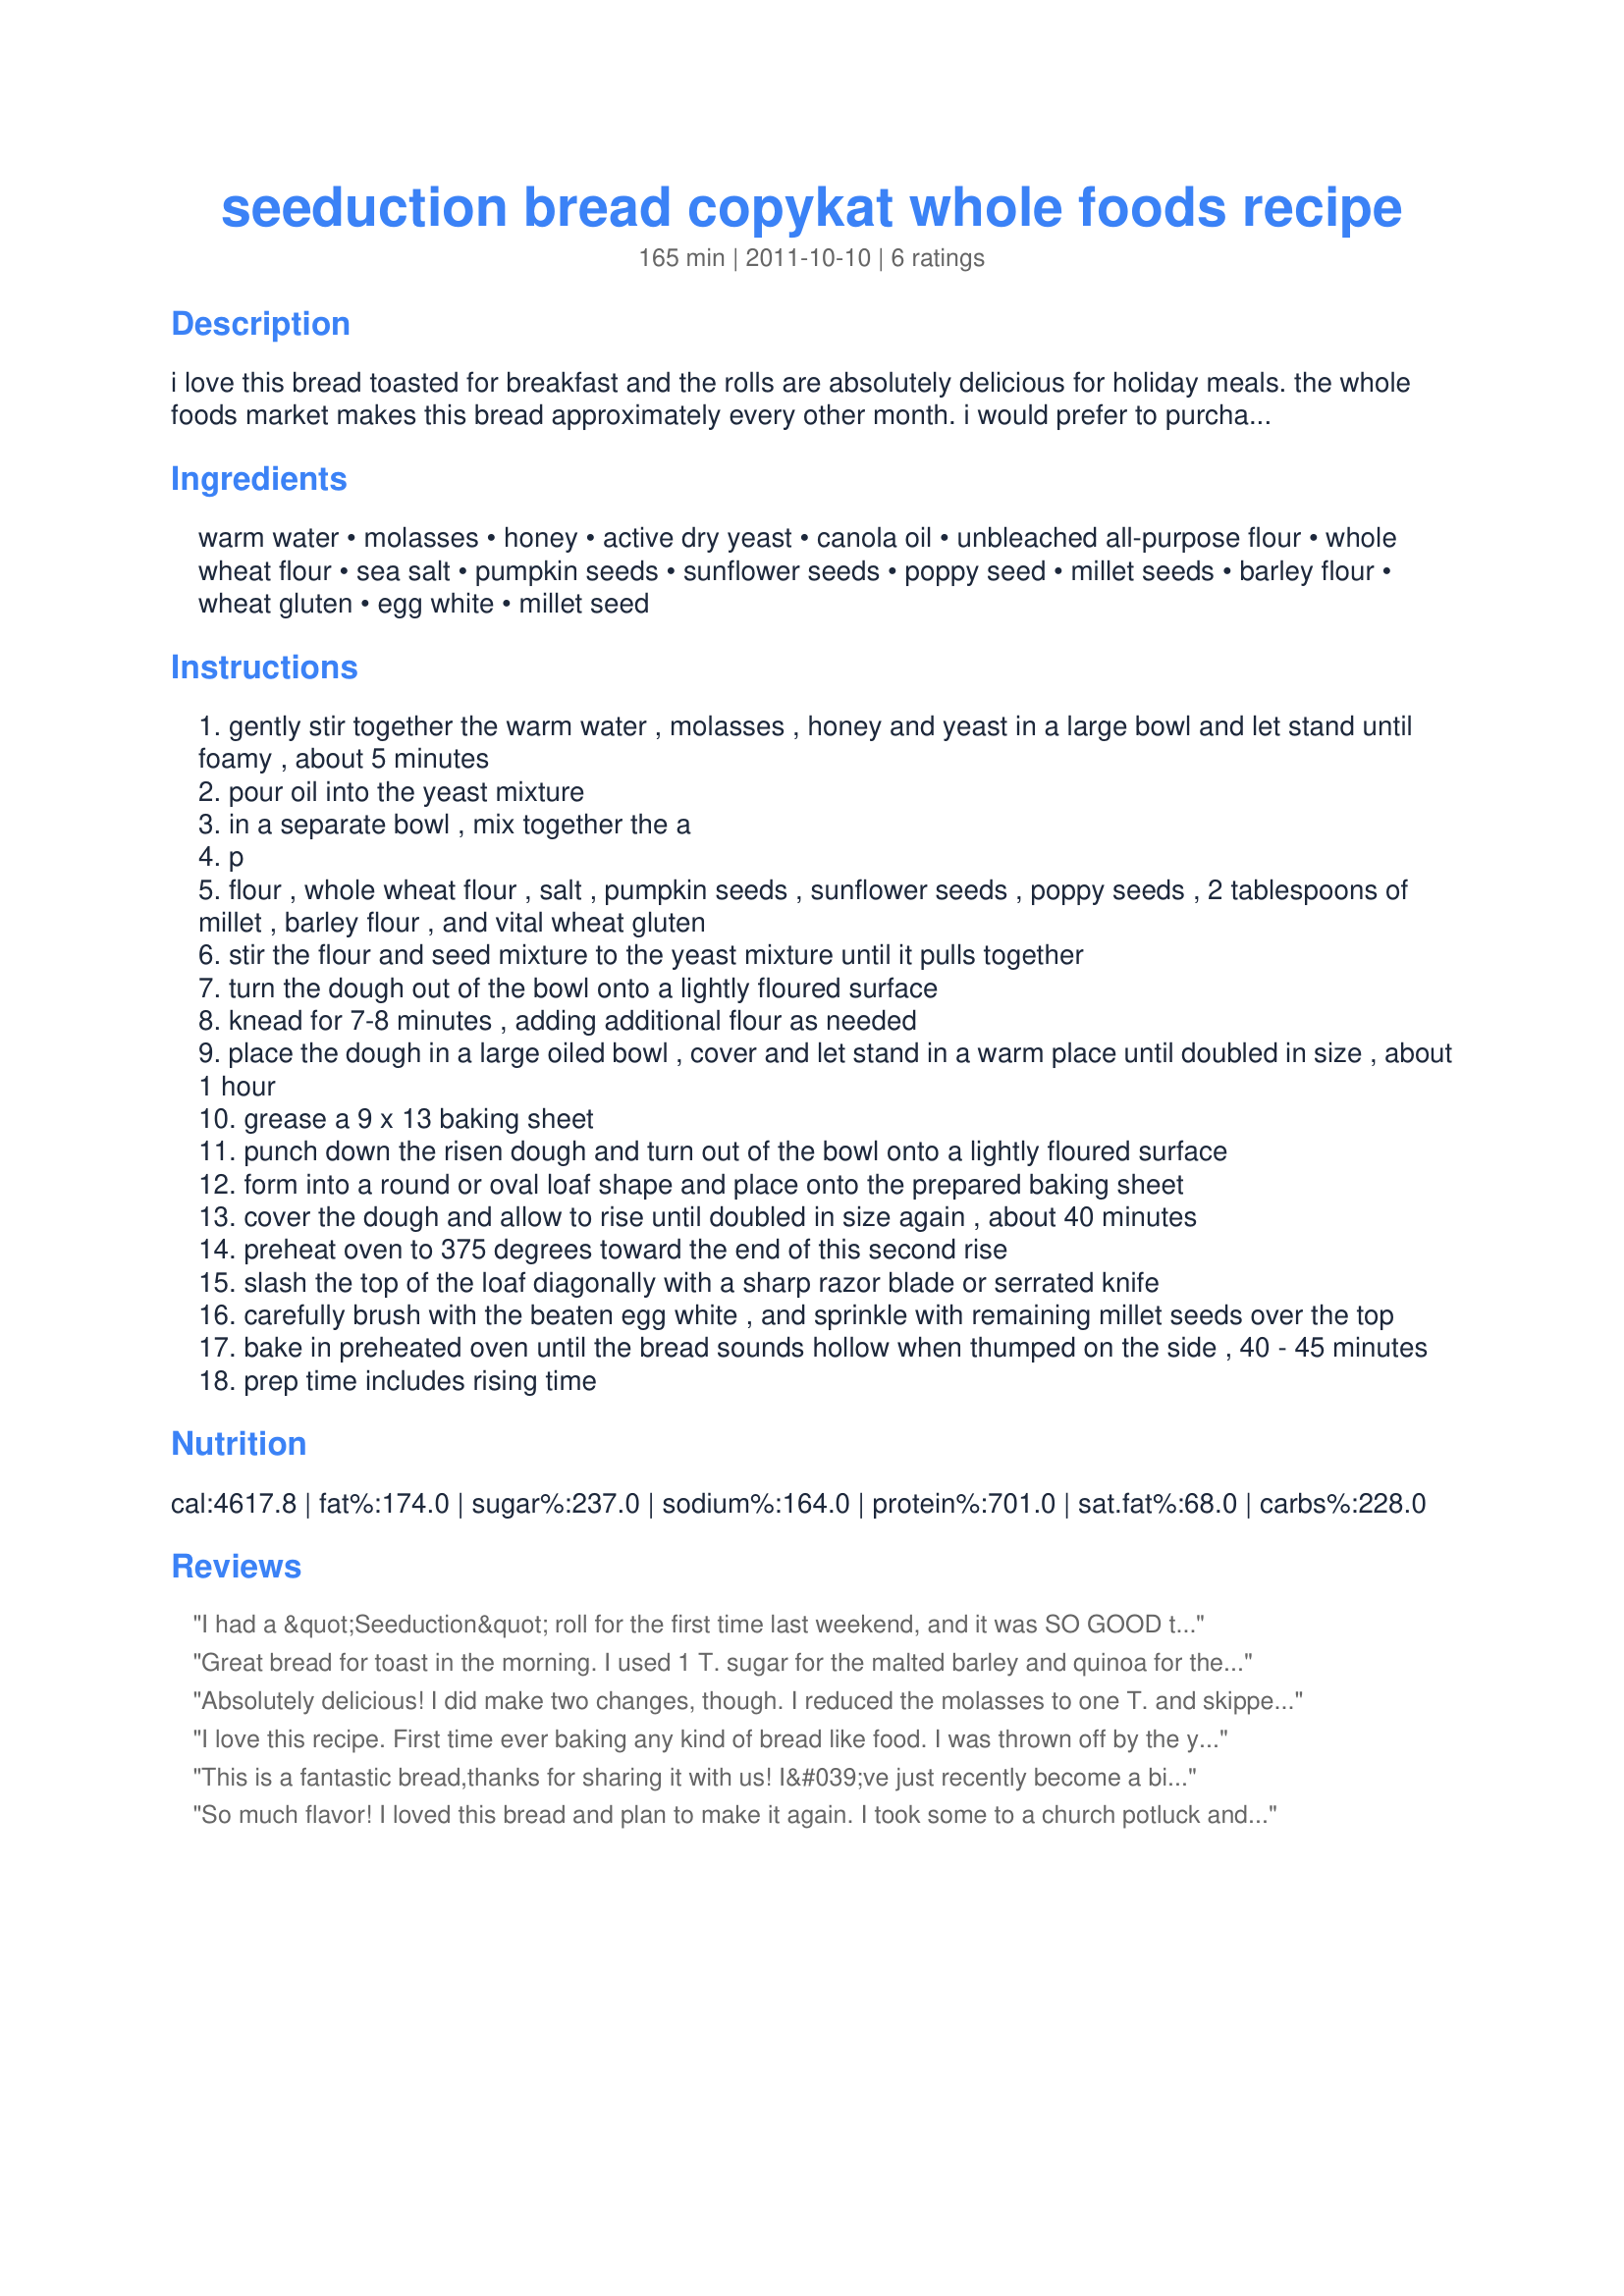
seeduction bread copykat whole foods recipe
Preparation time: 165 minutes

i love this bread toasted for breakfast and the rolls are absolutely delicious for holiday meals. the whole foods market makes this bread approximately every other month. i would prefer to purchase it, but if it is not available -- i can try this recipe. enjoy!

Ingredients:
warm water, molasses, honey, active dry yeast, canola oil, unbleached all-purpose flour, whole wheat flour, sea salt, pumpkin seeds, sunflower seeds, poppy seed, millet seeds, barley flour, wheat gluten, egg white, millet seed

Steps:
gently stir together the warm water , molasses , honey and yeast in a large bowl and let stand until foamy , about 5 minutes
pour oil into the yeast mixture
in a separate bowl , mix together the a
p
flour , whole wheat flour , salt , pumpkin seeds , sunflower seeds , poppy seeds , 2 tablespoons of millet , barley flour , and vital wheat gluten
stir the flour and seed mixture to the yeast mixture until it pulls together
turn the dough out of the bowl onto a lightly floured surface
knead for 7-8 minutes , adding additional flour as needed
place the dough in a large oiled bowl , cover and let stand in a warm place until doubled in size , about 1 hour
grease a 9 x 13 baking sheet
punch down the risen dough and turn out of the bowl onto a lightly floured surface
form into a round or oval loaf shape and place onto the prepared baking sheet
cover the dough and allow to rise until doubled in size again , about 40 minutes
preheat oven to 375 degrees toward the end of this second rise
slash the top of the loaf diagonally with a sharp razor blade or serrated knife
carefully brush with the beaten egg white , and sprinkle with remaining millet seeds over the top
bake in preheated oven until the bread sounds hollow when thumped on the side , 40 - 45 minutes
prep time includes rising time

Reviews:
I had a &quot;Seeduction&quot; roll for the first time last weekend, and it was SO GOOD that I came home and looked up this recipe. I made it today and it is marvelous! We do not have a Whole Foods in our town, so I am so glad this recipe is here. I made it according to the recipe, except I used my bread machine to mix as another reviewer did. Also, since I could not find malted barley flour, I used 1 tablespoon of sugar, as another reviewer suggested. I was concerned at first because the dough is very soft, not like bread dough I am used to, but it turned out really well. For ease of storage and toasting, I made it in a regular bread pan, and it is beautiful and tasty!
Great bread for toast in the morning. I used 1 T. sugar for the malted barley and quinoa for the millet. Rose beautifully.
Absolutely delicious! I did make two changes, though. I reduced the molasses to one T. and skipped the pumpkin seeds. Other than that I followed the recipe. Thanks, Nancy for a great new recipe that I will make many times! (maybe I will find some raw pumpkin seeds next time!) <br/> Made for Make Ky Recipe 2012
I love this recipe. First time ever baking any kind of bread like food. I was thrown off by the yeast amount in ingredient list. In parenthesis it states 25 ounces. Never baking with yeast before, it took me a while to understand that probably 0.25 ounces was meant. Made this twice and will continue to make it.
This is a fantastic bread,thanks for sharing it with us! I&#039;ve just recently become a big fan of Whole Foods seeduction and your creation suits us even more as the crust is a bit softer. I had to many irons in the fire the day I tried it for the first time so used my bread machine on dough setting, which worked very well, on slower days I am anxious to try the old school method! I also was missing the malted barley flour and still haven&#039;t located any but will stay on the.hunt!
So much flavor! I loved this bread and plan to make it again. I took some to a church potluck and it was gone in no time. I&#039;m not sure how great my yeast was, it was a dense bread. I was sure I had pumpkin seeds, but didn&#039;t, so used flaxseed.In place of molasses, I used dark brown sugar. Thanks! Made for PRMR.
